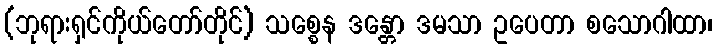
(ဘုရားရှင်ကိုယ်တော်တိုင်) သစ္စေန ဒန္တော ဒမသာ ဥပေတာ စသောဂါထာ၊